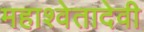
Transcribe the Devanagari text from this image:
महाश्वेतादेवी